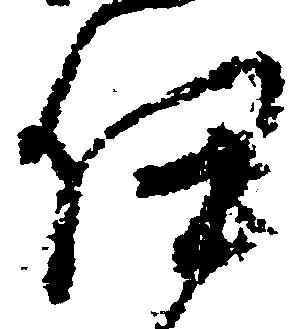
伊